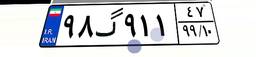
۰۳گ۷۹۳۰۹